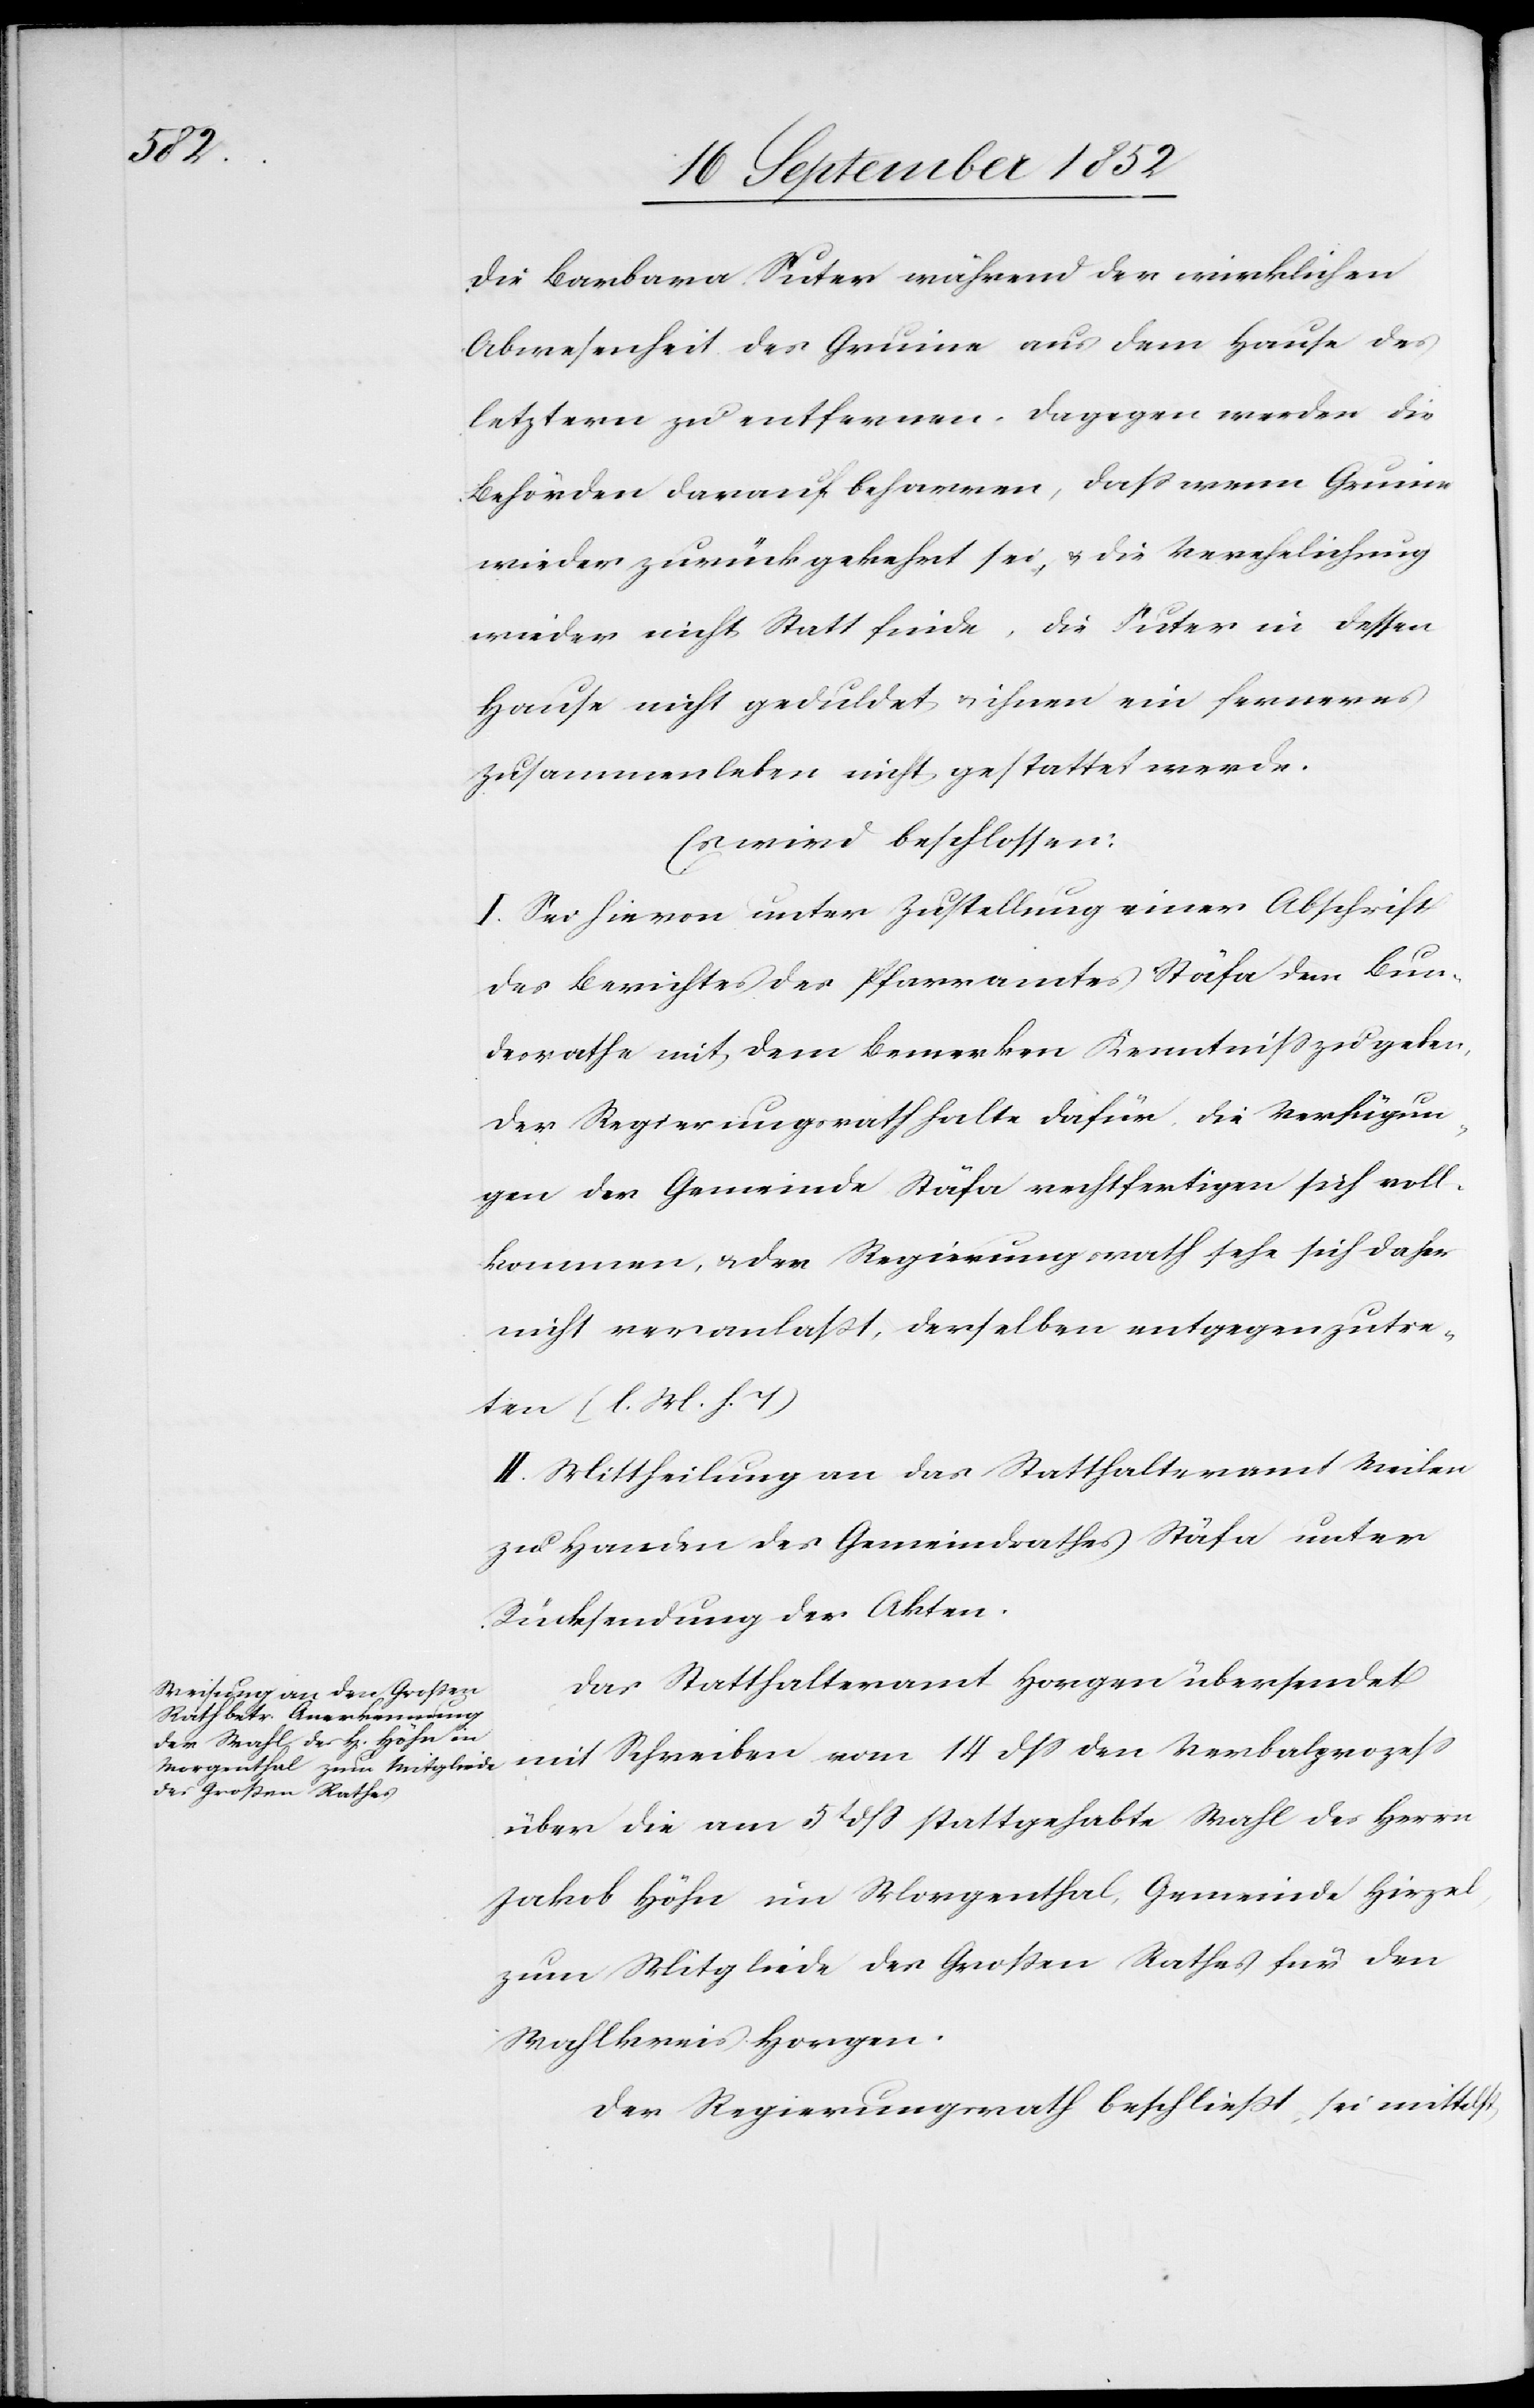
die Barbara Suter während der wirklichen
Abwesenheit des Gruine aus dem Hause des
letztern zu entfernen, dagegen werden die
Behörden darauf beharren, dass wenn Gruine
wieder zurückgekehrt sei, & die Verehelichung
wieder nicht Statt finde, die Suter in dessen
Hause nicht geduldet & ihnen ein ferneres
Zusammenleben nicht gestattet werde.
Es wird beschlossen:
I. Sei hievon unter Zustellung einer Abschrift
des Berichtes des Pfarramtes Stäfa dem Bun¬
desrathe mit dem Bemerken Kenntniss zu geben,
der Regierungsrath halte dafür, die Verfügun¬
gen der Gemeinde Stäfa rechtfertigen sich voll¬
kommen, & der Regierungsrath sehe sich daher
nicht veranlaßt, derselben entgegenzutre¬
ten (l. M. h. T)
II. Mittheilung an das Statthalteramt Meilen
zu Handen des Gemeindrathes Stäfa unter
Rücksendung der Akten.
Das Statthalteramt Horgen übersendet
mit Schreiben vom 14 dss den Verbalprozess
über die am 5t dss stattgehabte Wahl des Herrn
Jakob Höhn im Morgenthal, Gemeinde Hirzel,
zum Mitgliede des Großen Rathes für den
Wahlkreis Horgen.
Der Regierungsrath beschließt, sei mittelst